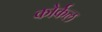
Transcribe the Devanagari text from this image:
कोर्कल